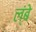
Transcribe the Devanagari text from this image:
ल्ंबे